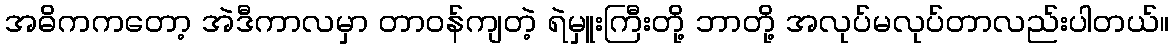
အဓိကကတော့ အဲဒီကာလမှာ တာဝန်ကျတဲ့ ရဲမှူးကြီးတို့ ဘာတို့ အလုပ်မလုပ်တာလည်းပါတယ်။